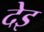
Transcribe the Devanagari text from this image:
देइ